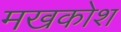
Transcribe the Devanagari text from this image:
मखकोश